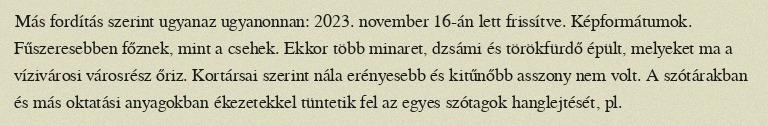
Más fordítás szerint ugyanaz ugyanonnan: 2023. november 16-án lett frissítve. Képformátumok. Fűszeresebben főznek, mint a csehek. Ekkor több minaret, dzsámi és törökfürdő épült, melyeket ma a vízivárosi városrész őriz. Kortársai szerint nála erényesebb és kitűnőbb asszony nem volt. A szótárakban és más oktatási anyagokban ékezetekkel tüntetik fel az egyes szótagok hanglejtését, pl.